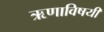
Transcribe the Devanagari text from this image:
ऋणाविषयी